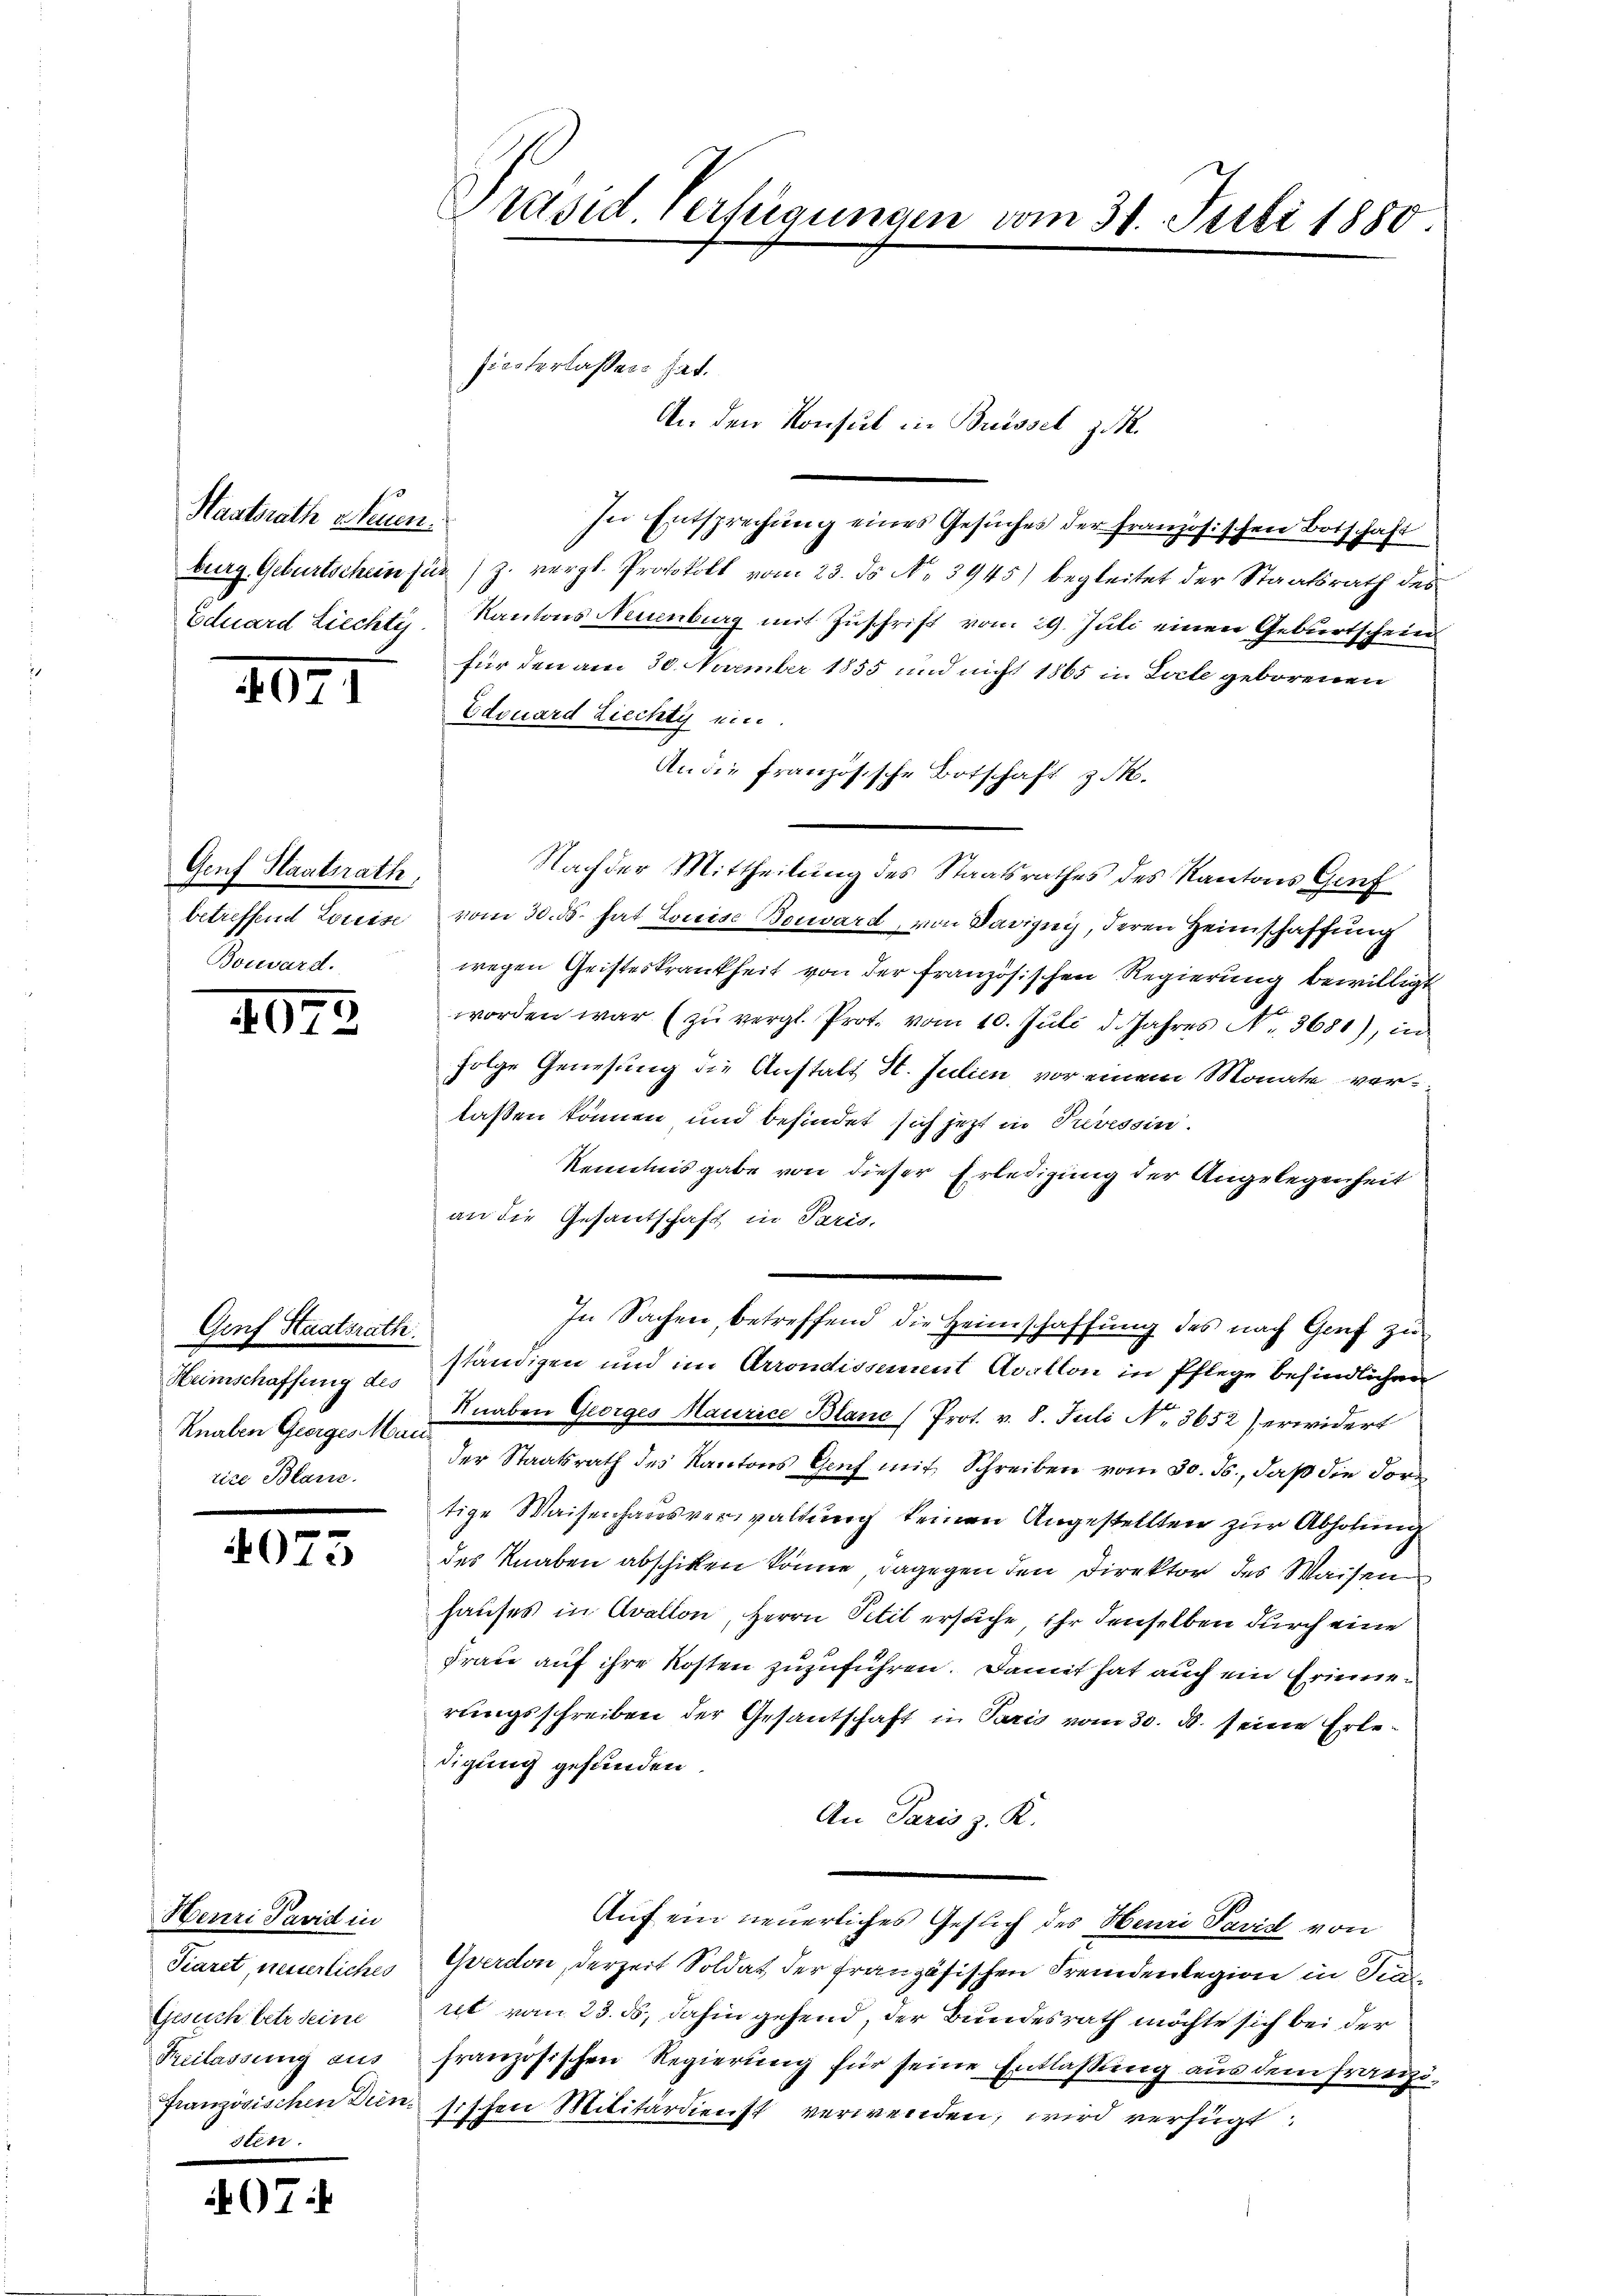
Staatsrath Neuen.

1071

Genf Staatsrath,
betreffend Loreise

4075

Genf Staatsrath
Heimschaffung des
Knalen Georges Mari
rice Blanc

4073

Henri Pavid in
Piaret, weiserliches
Gesuch betr. seine
Freilassung aus
französischen Dien
sten.

07:

Präsid. Verfügungen vom 31. Juli 1880

hinterlaßen hat.

In Entsprechung eines Gesuches der Französischen Botschaft
burg. Geburtschein für z. vergl. Protokoll vom 23. ds No 3945) begleitet der Staatsrath des
Eduard Liechte Kantons Neuenburg mit Zuschrift vom 29. Juli einen Geburtschein
für den am 30. Neember 1855 und nicht 1865 in Leite geborenen
Edouard Ziecht ein.
An die Französische Botschaft z. K.
Nach der Mittheilung des Staatsrathes des Kantons Genf
vom 30. ds. hat Louise Bonvard, von Savignis, deren Heimschaffung
wegen Geisteskrankheit von der französischen Regierung bewilligt
worden war (zŭ vergl. Prot. vom 10. Juli d. Jahres Nr. 3680), in
folge Genesung die Anstalt H. Julien vor einem Monate verlaßen können und befindet sich jetzt in Prevessin.
Kenntnisgabe von dieser Erledigung der Angelegenheit
an die Gesantschaft in Paris,
In Sachen, betreffend die Heimschaffung des nach Genf zu
ständigen und im Arrondissment Avallon in Pflege befindlichen
Knaben Georges Maurice Blanc (Prot. v. 8. Juli No 3652) erwidert
der Staatsrath des Kantons Genf mit Schreiben vom 30. ds., daß die Fortige Waisenhausverwaltung keinen Angestellten zur Abholung
des Knaben abschiken könne, dagegen den Direktor des Waisen
hauses in Avallon, Herrn Petit ersuche, ihr denselben durch eine
Frau auf ihre Kosten zuzuführen. Damit hat auch ein Erinnerungsschreiben der Gesantschaft in Paris vom 30. d. seine Erledigung gefunden.
An Paris z. K.
Auf ein neuerliches Gesuch des Henri Paris von
Gverdon, derzeit Soldat der französischen Fremdenlegion in Sin
ret vom 23. ds., dahin gehend, der Bundesrath möchte sich bei der
französischen Regierung für seine Entlassung aus dem französischen Militärdienst verwenden, wird verfügt:

An den Konsul in Brüssel zu 1.